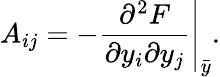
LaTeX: A_{ij}=-\left.\displaystyle{\frac{\partial^{2}F}{\partial y_{i}\partial y_{j}}}\right|_{\bar{y}}.